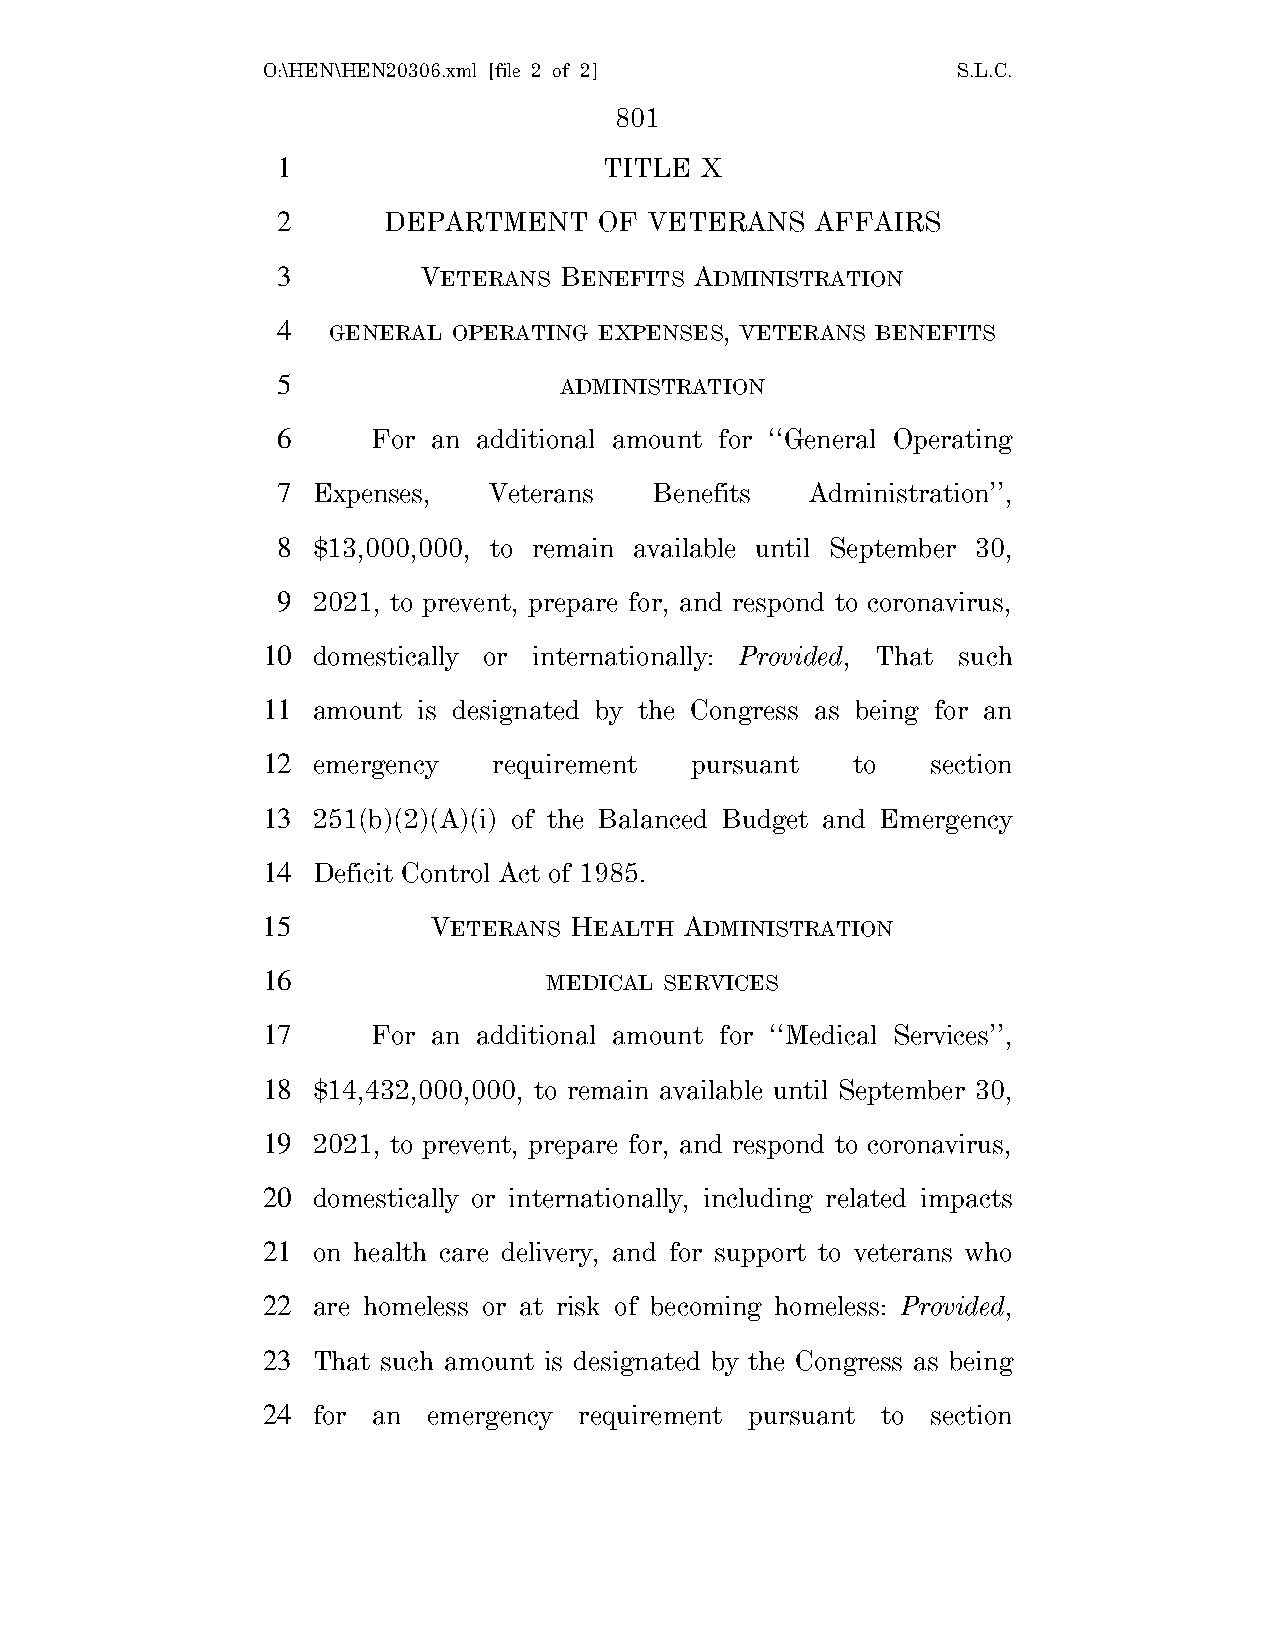
O:\HEN\HEN20306.xml [file 2 of 2]             S.L.C.
 801
 1                     TITLE X
 2      DEPARTMENT     OF VETERANS   AFFAIRS
 3         VETERANS BENEFITS ADMINISTRATION
 4   GENERAL OPERATING EXPENSES, VETERANS BENEFITS
 5                  ADMINISTRATION
 6      For an additional amount for ‘‘General Operating
 7  Expenses,  Veterans   Benefits   Administration’’,
 8  $13,000,000, to remain available until September 30,
 9  2021, to prevent, prepare for, and respond to coronavirus,
 10  domestically or internationally: Provided, That such
 11  amount is designated by the Congress as being for an
 12  emergency   requirement  pursuant  to    section
 13  251(b)(2)(A)(i) of the Balanced Budget and Emergency
 14  Deficit Control Act of 1985.
 15          VETERANS HEALTH ADMINISTRATION
 16                 MEDICAL SERVICES
 17      For an additional amount for ‘‘Medical Services’’,
 18  $14,432,000,000, to remain available until September 30,
 19  2021, to prevent, prepare for, and respond to coronavirus,
 20  domestically or internationally, including related impacts
 21  on health care delivery, and for support to veterans who
 22  are homeless or at risk of becoming homeless: Provided,
 23  That such amount is designated by the Congress as being
 24  for an emergency requirement pursuant to section